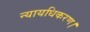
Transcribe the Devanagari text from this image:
न्यायधिकरण।